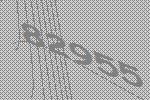
82955